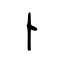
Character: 卜